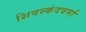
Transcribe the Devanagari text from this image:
शिवस्कंदवर्मा